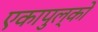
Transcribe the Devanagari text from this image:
एकापुल्को